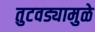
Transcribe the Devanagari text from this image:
तुटवड्यामुळे